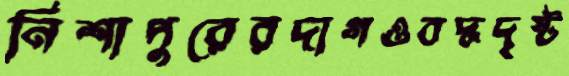
নিশাপুরেরদাগওবদ্ধদৃষ্ট